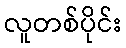
လူတစ်ပိုင်း